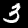
Label: 3